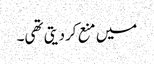
میں منع کردیتی تھی۔